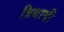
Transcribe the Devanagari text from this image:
त्रिथाषी